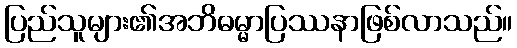
ပြည်သူများ၏အဘိဓမ္မာပြဿနာဖြစ်လာသည်။